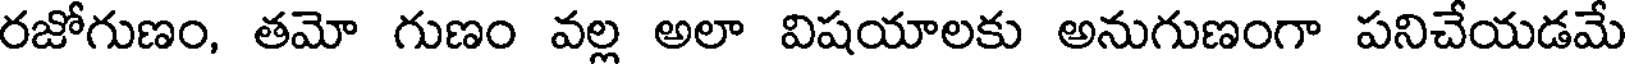
రజోగుణం, తమో గుణం వల్ల అలా విషయాలకు అనుగుణంగా పనిచేయడమే